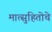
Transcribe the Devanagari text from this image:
मात्सुहितोचे